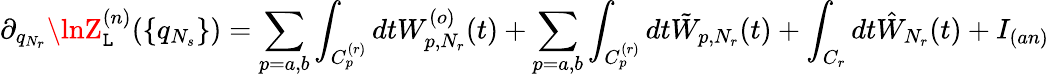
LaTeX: \partial_{q_{N_{r}}}\lnZ_{\mathtt{L}}^{(n)}(\{ q_{N_{s}}\} )=\sum_{p=a,b}\int_{C_{p}^{(r)}}dtW_{p,N_{r}}^{(o)}(t)+\sum_{p=a,b}\int_{C_{p}^{(r)}}dt\tilde{{W}}_{p,N_{r}}(t)+\int_{C_{r}}dt\hat{{W}}_{N_{r}}(t)+I_{(an)}